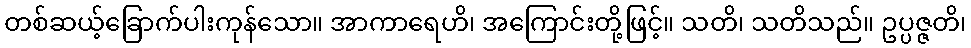
တစ်ဆယ့်ခြောက်ပါးကုန်သော။ အာကာရေဟိ၊ အကြောင်းတို့ဖြင့်။ သတိ၊ သတိသည်။ ဥပ္ပဇ္ဇတိ၊